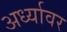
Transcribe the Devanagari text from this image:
अर्ध्यावर